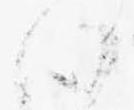
心